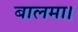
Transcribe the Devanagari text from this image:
बालमा।